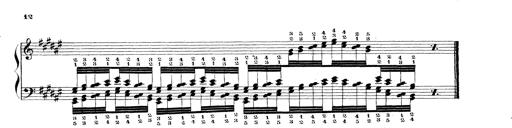
Title: Technische Studien
Composer: Franz Liszt